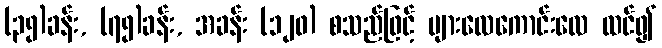
(၃၅)ခန်း, (၇၅)ခန်း, အခန်း (၁၂၀) စသည်ဖြင့် များလေကောင်းလေ ထင်၍